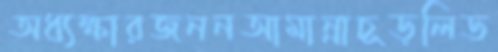
অধ্যক্ষারজননআমান্নাচূড়লিড